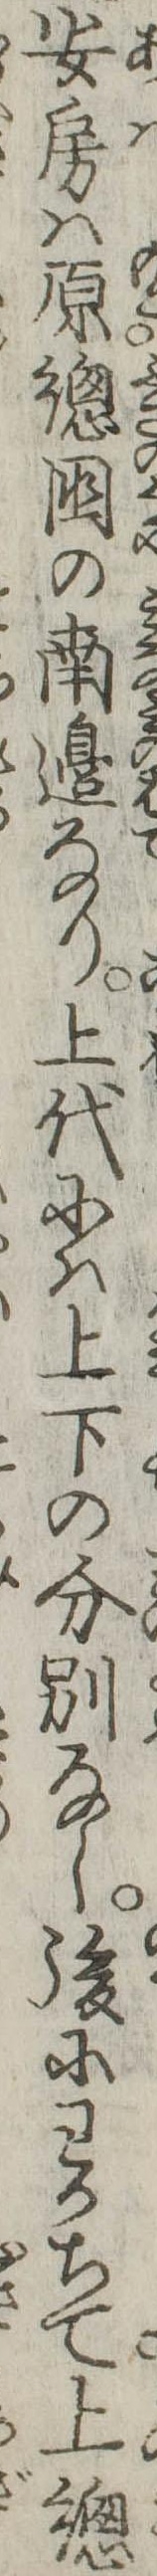
安房は原総国の南辺なり上代には上下の分別なし後にわかちて上総